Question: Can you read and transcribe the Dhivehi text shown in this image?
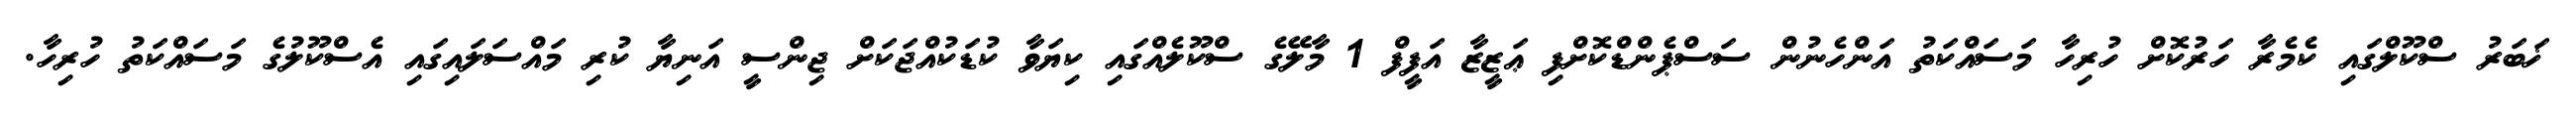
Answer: ޚަބަރު ސްކޫލްގައި ކެމެރާ ހަރުކޮށް ހުރިހާ މަސައްކަތު އަންހެނުން ސަސްޕެންޑްކޮށްފި ޢަޒީޒާ އަފީފް 1 މާލޭގެ ސްކޫލެއްގައި ކިޔަވާ ކުޑަކުއްޖަކަށް ޖިންސީ އަނިޔާ ކުރި މައްސަލައިގައި އެސްކޫލުގެ މަސައްކަތު ހުރިހާ.